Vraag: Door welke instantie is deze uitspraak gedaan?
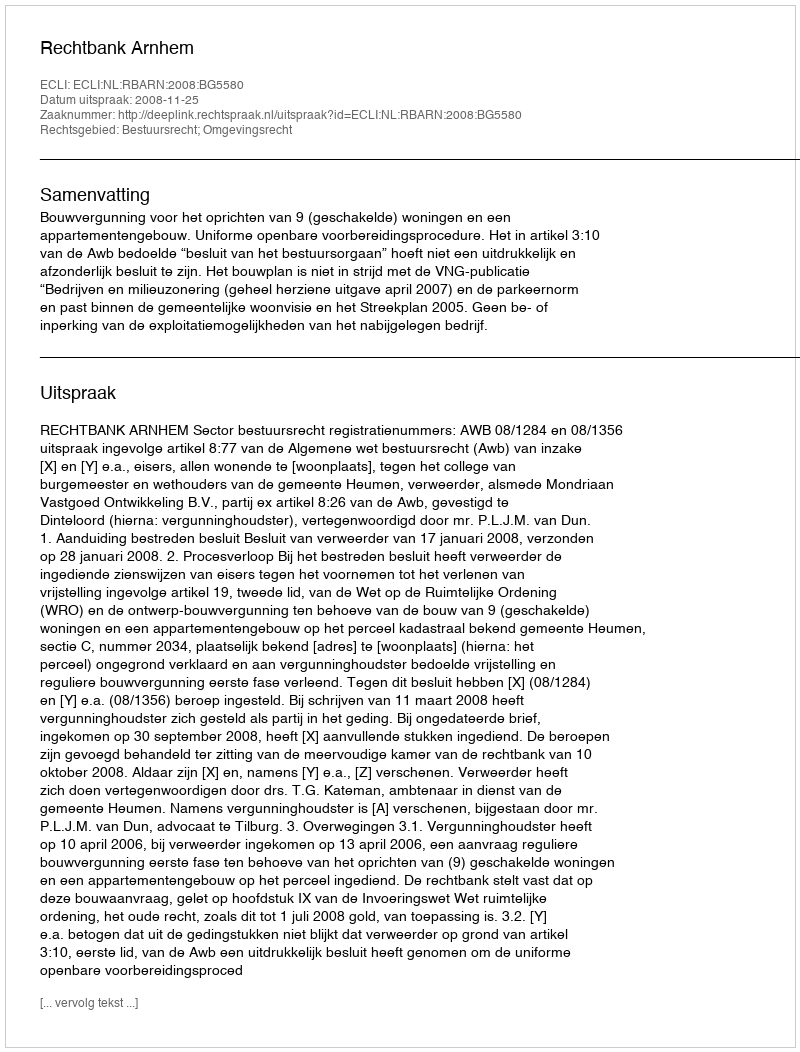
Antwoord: Rechtbank Arnhem